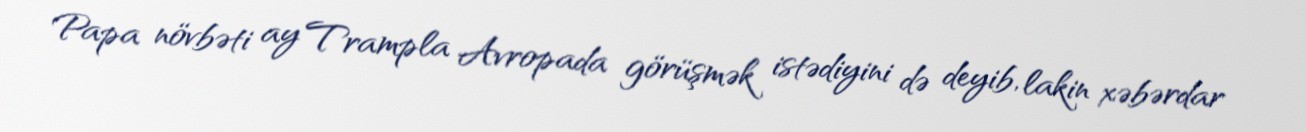
Papa növbəti ay Trampla Avropada görüşmək istədiyini də deyib, lakin xəbərdar